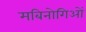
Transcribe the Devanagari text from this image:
मबिनोगिओं